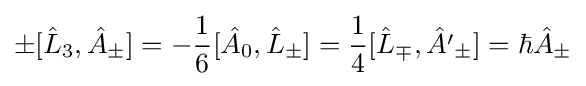
\pm [{\hat {L}}_{3},{\hat {A}}_{\pm }]=-{\frac {1}{6}}[{\hat {A}}_{0},{\hat {L}}_{\pm }]={\frac {1}{4}}[{\hat {L}}_{\mp },{\hat {A'}}_{\pm }]=\hbar {\hat {A}}_{\pm }